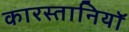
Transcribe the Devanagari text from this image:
कारस्तानियाॅ